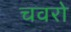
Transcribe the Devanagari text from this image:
चवरो